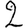
Digit: 2